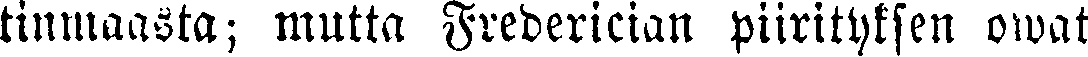
tinmaasta; mutta Frederician piirityksen owat